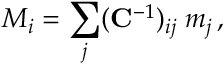
M _ { i } = \sum _ { j } ( \mathbf { C } ^ { - 1 } ) _ { i j } \; m _ { j } \, ,